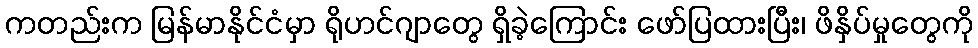
ကတည်းက မြန်မာနိုင်ငံမှာ ရိုဟင်ဂျာတွေ ရှိခဲ့ကြောင်း ဖော်ပြထားပြီး၊ ဖိနှိပ်မှုတွေကို